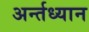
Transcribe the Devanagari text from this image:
अर्न्‍तध्‍यान